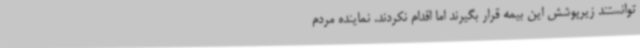
توانستند زیرپوشش این بیمه قرار بگیرند اما اقدام نکردند. نماینده مردم